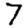
Digit: 7